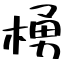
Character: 𪳆